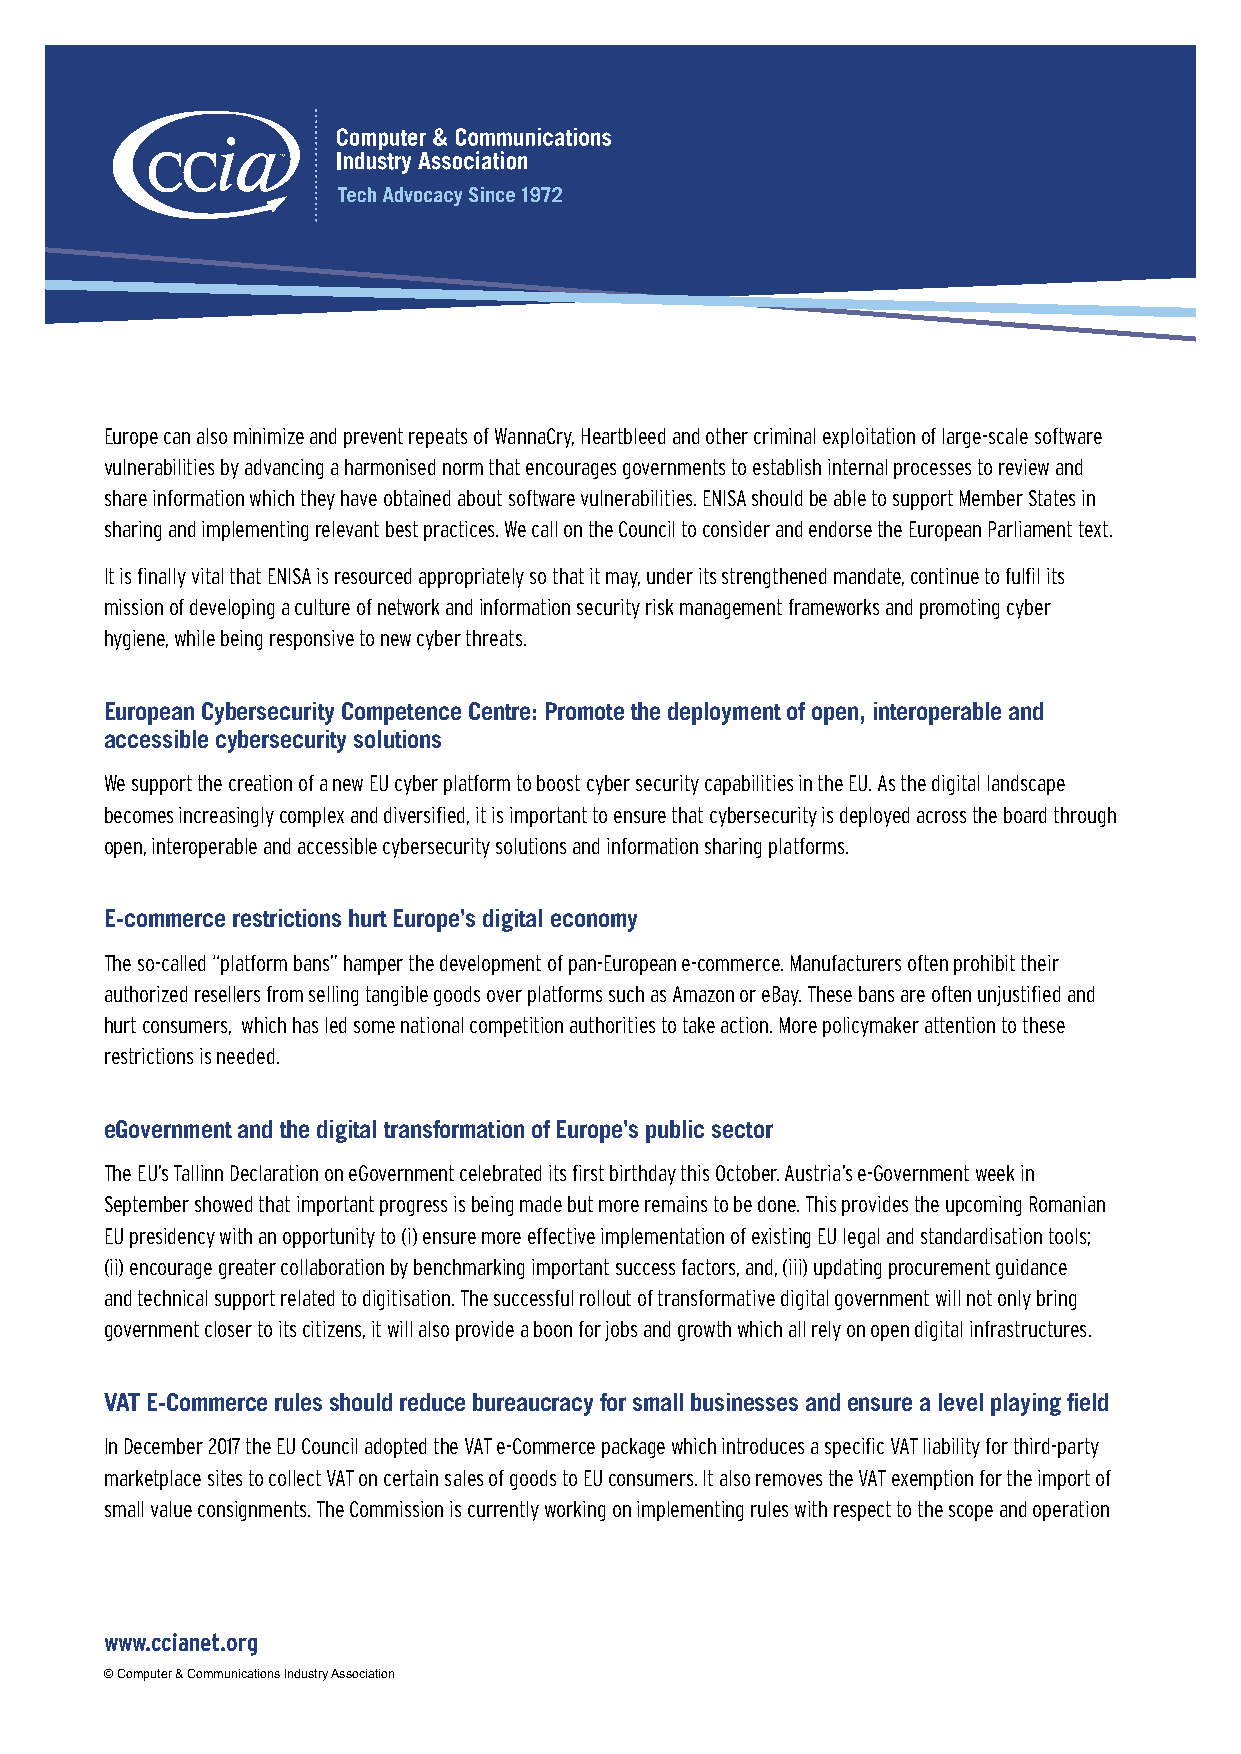
Europe can also minimize and prevent repeats of WannaCry, Heartbleed and other criminal exploitation of large-scale software
 vulnerabilities by advancing a harmonised norm that encourages governments to establish internal processes to review and
 share information which they have obtained about software vulnerabilities. ENISA should be able to support Member States in
 sharing and implementing relevant best practices. We call on the Council to consider and endorse the European Parliament text.
 It is finally vital that ENISA is resourced appropriately so that it may, under its strengthened mandate, continue to fulfil its
 mission of developing a culture of network and information security risk management frameworks and promoting cyber
 hygiene, while being responsive to new cyber threats.
 European Cybersecurity Competence Centre: Promote the deployment of open, interoperable and
 accessible cybersecurity solutions
 We support the creation of a new EU cyber platform to boost cyber security capabilities in the EU. As the digital landscape
 becomes increasingly complex and diversified, it is important to ensure that cybersecurity is deployed across the board through
 open, interoperable and accessible cybersecurity solutions and information sharing platforms.
 E-commerce restrictions hurt Europe’s digital economy
 The so-called “platform bans” hamper the development of pan-European e-commerce. Manufacturers often prohibit their
 authorized resellers from selling tangible goods over platforms such as Amazon or eBay. These bans are often unjustified and
 hurt consumers, which has led some national competition authorities to take action. More policymaker attention to these
 restrictions is needed.
 eGovernment and the digital transformation of Europe’s public sector
 The EU’s Tallinn Declaration on eGovernment celebrated its first birthday this October. Austria’s e-Government week in
 September showed that important progress is being made but more remains to be done. This provides the upcoming Romanian
 EU presidency with an opportunity to (i) ensure more effective implementation of existing EU legal and standardisation tools;
 (ii) encourage greater collaboration by benchmarking important success factors, and, (iii) updating procurement guidance
 and technical support related to digitisation. The successful rollout of transformative digital government will not only bring
 government closer to its citizens, it will also provide a boon for jobs and growth which all rely on open digital infrastructures.
 VAT E-Commerce rules should reduce bureaucracy for small businesses and ensure a level playing field
 In December 2017 the EU Council adopted the VAT e-Commerce package which introduces a specific VAT liability for third-party
 marketplace sites to collect VAT on certain sales of goods to EU consumers. It also removes the VAT exemption for the import of
 small value consignments. The Commission is currently working on implementing rules with respect to the scope and operation
 www.ccianet.org
 © Computer & Communications Industry Association